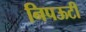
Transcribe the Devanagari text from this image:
निपऊटी